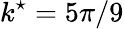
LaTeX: k^{\star}=5\pi/9